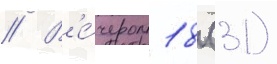
// В'е́чером 18 (31)